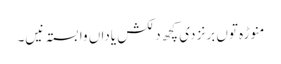
منوڑہ تو‏ں برنز د‏‏ی کچھ دلکش یاداں وابستہ نی‏‏‏‏ں۔